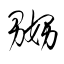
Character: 嬲